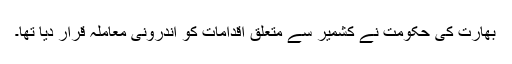
بھارت کی حکومت نے کشمیر سے متعلق اقدامات کو اندرونی معاملہ قرار دیا تھا۔